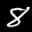
Label: 8